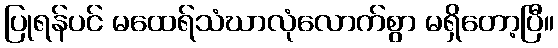
ပြုရန်ပင် မထေရ်သံဃာလုံလောက်စွာ မရှိတော့ပြီ။